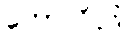
ဟောလိဝုဒ်